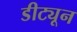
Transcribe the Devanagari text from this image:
डीट्यून